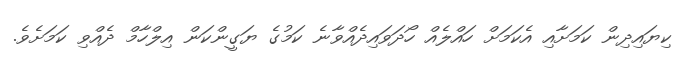
ކިޔައިދިން ކަމަށާއި އެކަމަށް ހައްލެއް ހޯދަވައިދެއްވާނެ ކަމުގެ ޔަގީންކަން އިލްހާމް ދެއްވި ކަމަށެވެ.